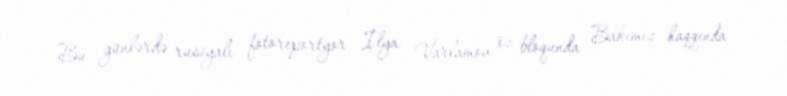
Bu günlərdə rusiyalı fotoreportyor İlya Varlamov öz bloqunda Bakımız haqqında